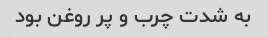
به شدت چرب و پر روغن بود